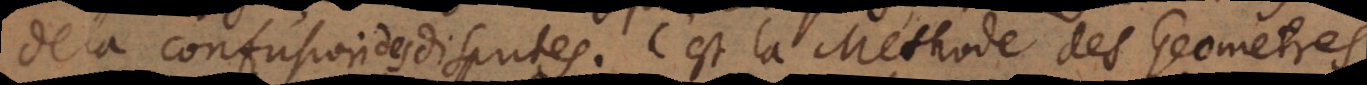
la confusion des disputes. C’est la Methode des Geometres,